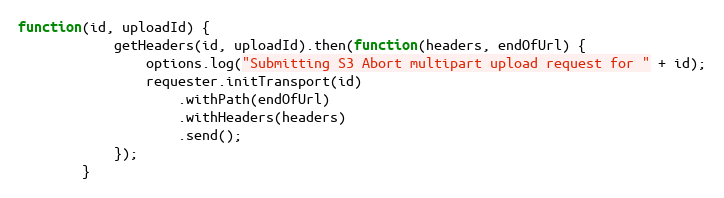
Language: JavaScript
function(id, uploadId) {
            getHeaders(id, uploadId).then(function(headers, endOfUrl) {
                options.log("Submitting S3 Abort multipart upload request for " + id);
                requester.initTransport(id)
                    .withPath(endOfUrl)
                    .withHeaders(headers)
                    .send();
            });
        }